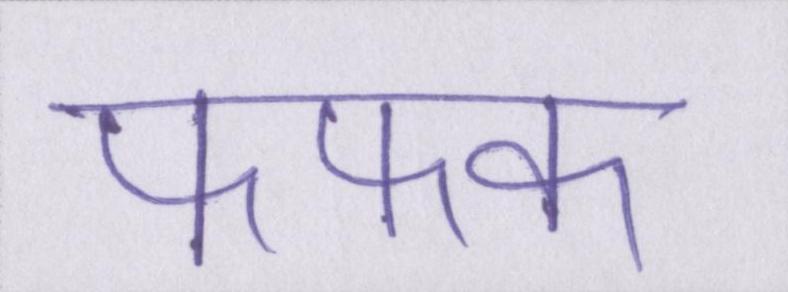
फफक